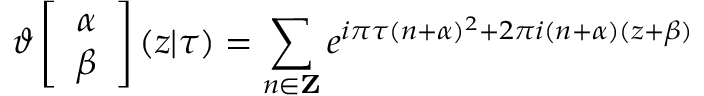
\vartheta \left[ \begin{array} { c } { { \alpha } } \\ { { \beta } } \end{array} \right] ( z | \tau ) = \sum _ { n \in { \bf Z } } e ^ { i \pi \tau ( n + \alpha ) ^ { 2 } + 2 \pi i ( n + \alpha ) ( z + \beta ) }